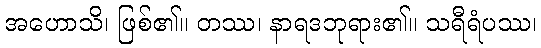
အဟောသိ၊ ဖြစ်၏။ တဿ၊ နာရဒဘုရား၏။ သရီရံပဿ၊